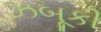
ઝબૂકી